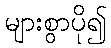
များစွာပို၍